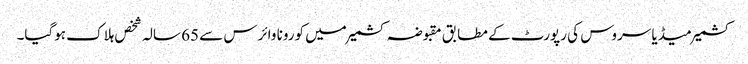
کشمیر میڈیا سروس کی رپورٹ کے مطابق مقبوضہ کشمیر میں کورونا وائرس سے 65 سالہ شخص ہلاک ہوگیا۔